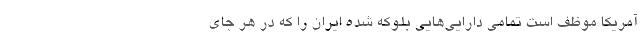
آمریکا موظف است تمامی دارایی‌هایی بلوکه شده ایران را که در هر جای